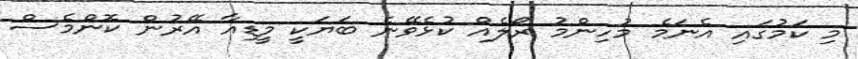
މި ކަމުގައި އެނަމެ މުހިންމު ރޯލެއް ކުޅެވޭނެ ބަޔަކީ މީޑިއާ އޭރުން ކޮންމެސް